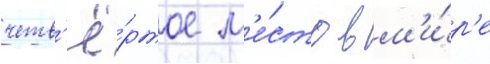
четв'ё́ртое м'е́сто в м'и́р'е